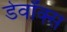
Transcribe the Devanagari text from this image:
डेवॉक्स